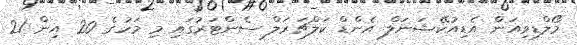
މޯލްޑިވިއަން އެޑިއުކޭޝަނަލް އެންޑް ކަލްޗަރަލް ސެންޓަރުގައި މި މަހުގެ 20 އިން 21